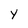
Character: y